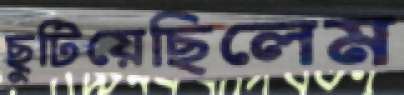
ছুটিয়েছিলেম